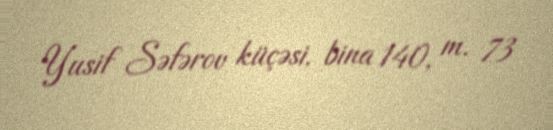
Yusif Səfərov küçəsi, bina 140, m. 73